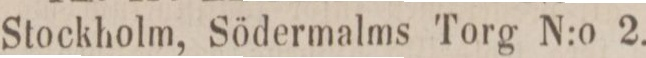
Stockholm, Södermalms Torg N:o 2.